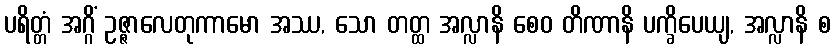
ပရိတ္တံ အဂ္ဂိံ ဥဇ္ဇာလေတုကာမော အဿ, သော တတ္ထ အလ္လာနိ စေဝ တိဏာနိ ပက္ခိပေယျ, အလ္လာနိ စ